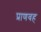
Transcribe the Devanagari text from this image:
प्राणवह